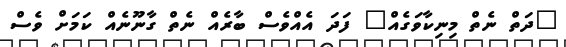
"ދަތް ނެތް މިނިކާވަގެއް" ފަދަ އެއްވެސް ބާރެއް ނެތް ގާނޫނެއް ކަމަށް ވެސް